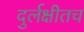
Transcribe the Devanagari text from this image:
दुर्लक्षीतच